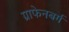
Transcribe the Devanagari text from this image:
ग्राफेनबर्ग